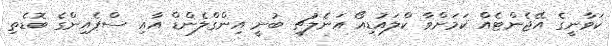
ކަވާނީގެ އޭޖެންޓެއް ކަމަށްވާ ކްލައުޑިއޯ އަނެލުޗީ ބުނީ އިންގްލެންޑް އާއި ސްޕެއިންގެ ބޮޑެތި